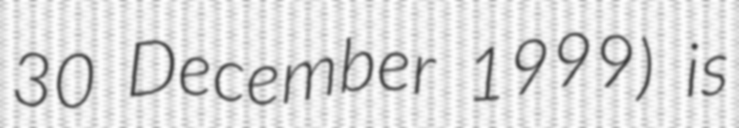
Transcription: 30 December 1999) is